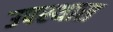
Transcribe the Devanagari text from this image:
उपस्थास